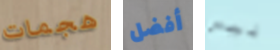
هجمات أفضل ليس